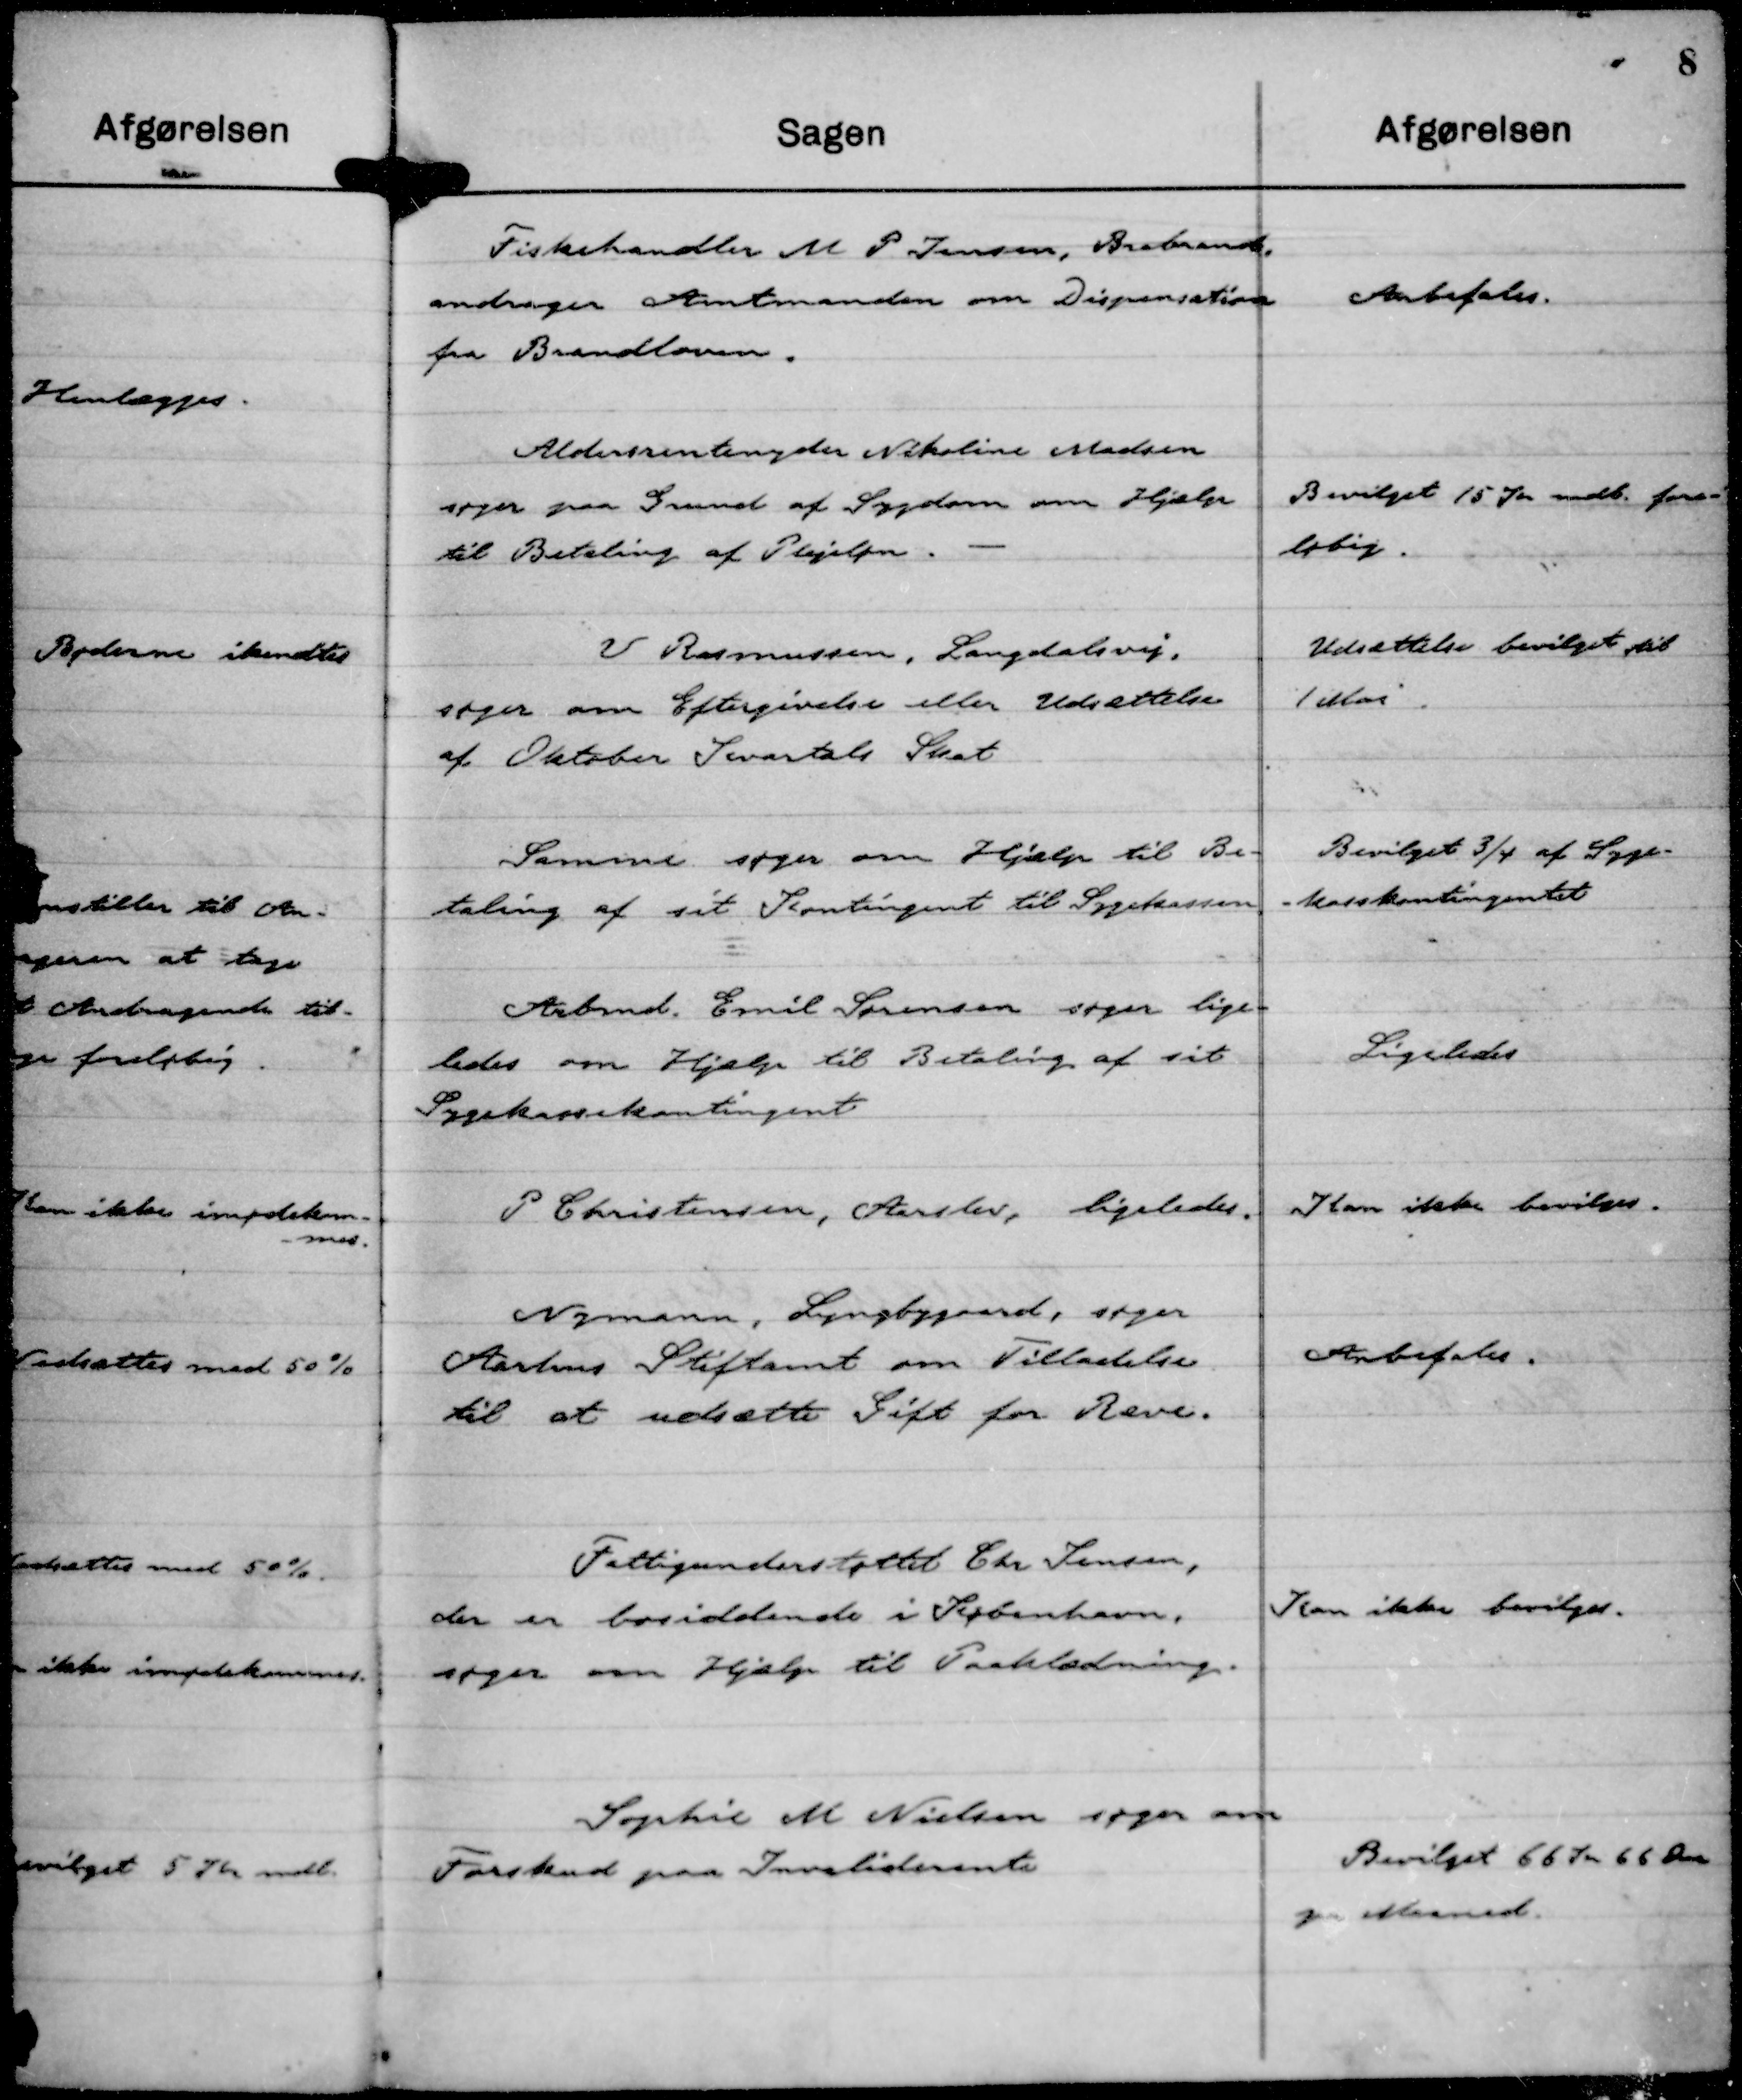
Transskription:
Fiskehandler M P Jensen, Brabrand
andrager Amtmanden om Dispensation
fra Brandloven.

Anbefales.

Aldersrentenyder Nikoline Madsen
søger paa Grund af Sygdom om Hjælp
til Betaling af Plejeløn. -

Bevilget 15 Kr mdl. fore-
løbig.

V. Rasmussen, Langdalsvej,
søger om Eftergivelse eller Udsættelse
af Oktober Kvartals Skat

Udsættelse bevilget til
1 Mai.

Samme søger om Hjælp til Be-
taling af sit Kontingent til Sygekassen.

Bevilget ¾ af Syge-
- kasskontingentet

Arbmd. Emil Sørensen søger lige-
ledes om Hjælp til Betaling af sit
Sygekassekontingent

Ligeledes

P Christensen, Aarslev, ligeledes.

Kan ikke bevilges.

Nymann, Lyngbygaard, søger
Aarhus Stiftamt om Tilladelse
til at udsætte Gift for Ræve.

Anbefales.

Fattigunderstøttet Chr Jensen,
der er bosiddende i København,
søger om Hjælp til Paaklædning.

Kan ikke bevilges.

Sophie M Nielsen søger om
Forskud paa Invaliderente

Bevilget 66 Kr 66 Øre
pr Maaned.